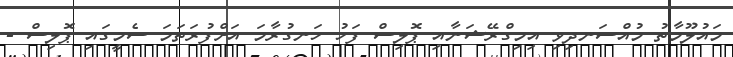
މައުލޫމާތު މުއްސަނދިވި އިމިގްރޭޝަނާއި ޕޮލިސް ފަހު ހަނގުރާމަ އަށްފުރަތަމަ ސެމީގައި ޕޮލިސް -